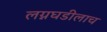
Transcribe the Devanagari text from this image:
लग्नघडीलाच